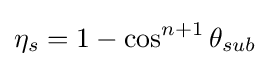
\eta _{s}=1-\cos ^{n+1}{\theta _{sub}}